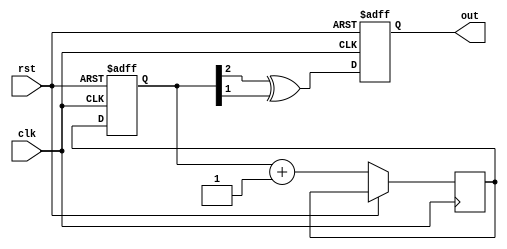
module Johnson_Counter_Clock_Divider (
    input wire clk,
    input wire rst,
    output reg out
);

reg [2:0] count;
reg [2:0] next_count;

always @(posedge clk or posedge rst) begin
    if (rst) begin
        count <= 3'b000;
        out <= 1'b0;
    end else begin
        next_count <= count + 3'b001;
        count <= next_count;
        out <= (count[2] ^ count[1]);
    end
end

endmodule